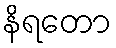
နိရတော